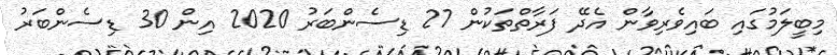
މިބީލަމުގައި ބައިވެރިވާން އެދޭ ފަރާތްތަކުން 27 ޑިސެންބަރު 2020 އިން 30 ޑިސެންބަރު